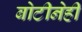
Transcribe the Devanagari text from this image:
बोटीनेही